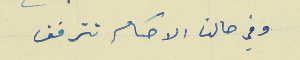
وفي حالنا الاحكام تترفق